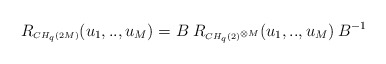
\begin{align*}R_{\scriptscriptstyle CH_q(2M)}(u_{1},..,u_{M}) = B \:R_{\scriptscriptstyle CH_{q}(2)^{\otimes M}}(u_{1},..,u_{M}) \: B^{-1} \\\end{align*}